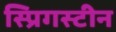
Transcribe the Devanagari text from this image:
स्प्रिगस्टीन